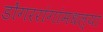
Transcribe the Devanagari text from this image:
डोंगररांगांमधल्या